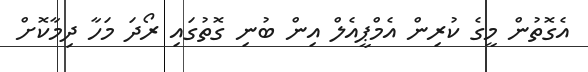
އެގޮތުން މީގެ ކުރިން އެމްޕީއެލް އިން ބުނި ގޮތުގައި ރޯދަ މަހާ ދިމާކޮށް